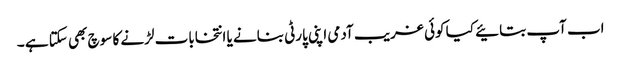
اب آپ بتائیے کیا کوئی غریب آدمی اپنی پارٹی بنانے یا انتخابات لڑنے کا سوچ بھی سکتا ہے ۔